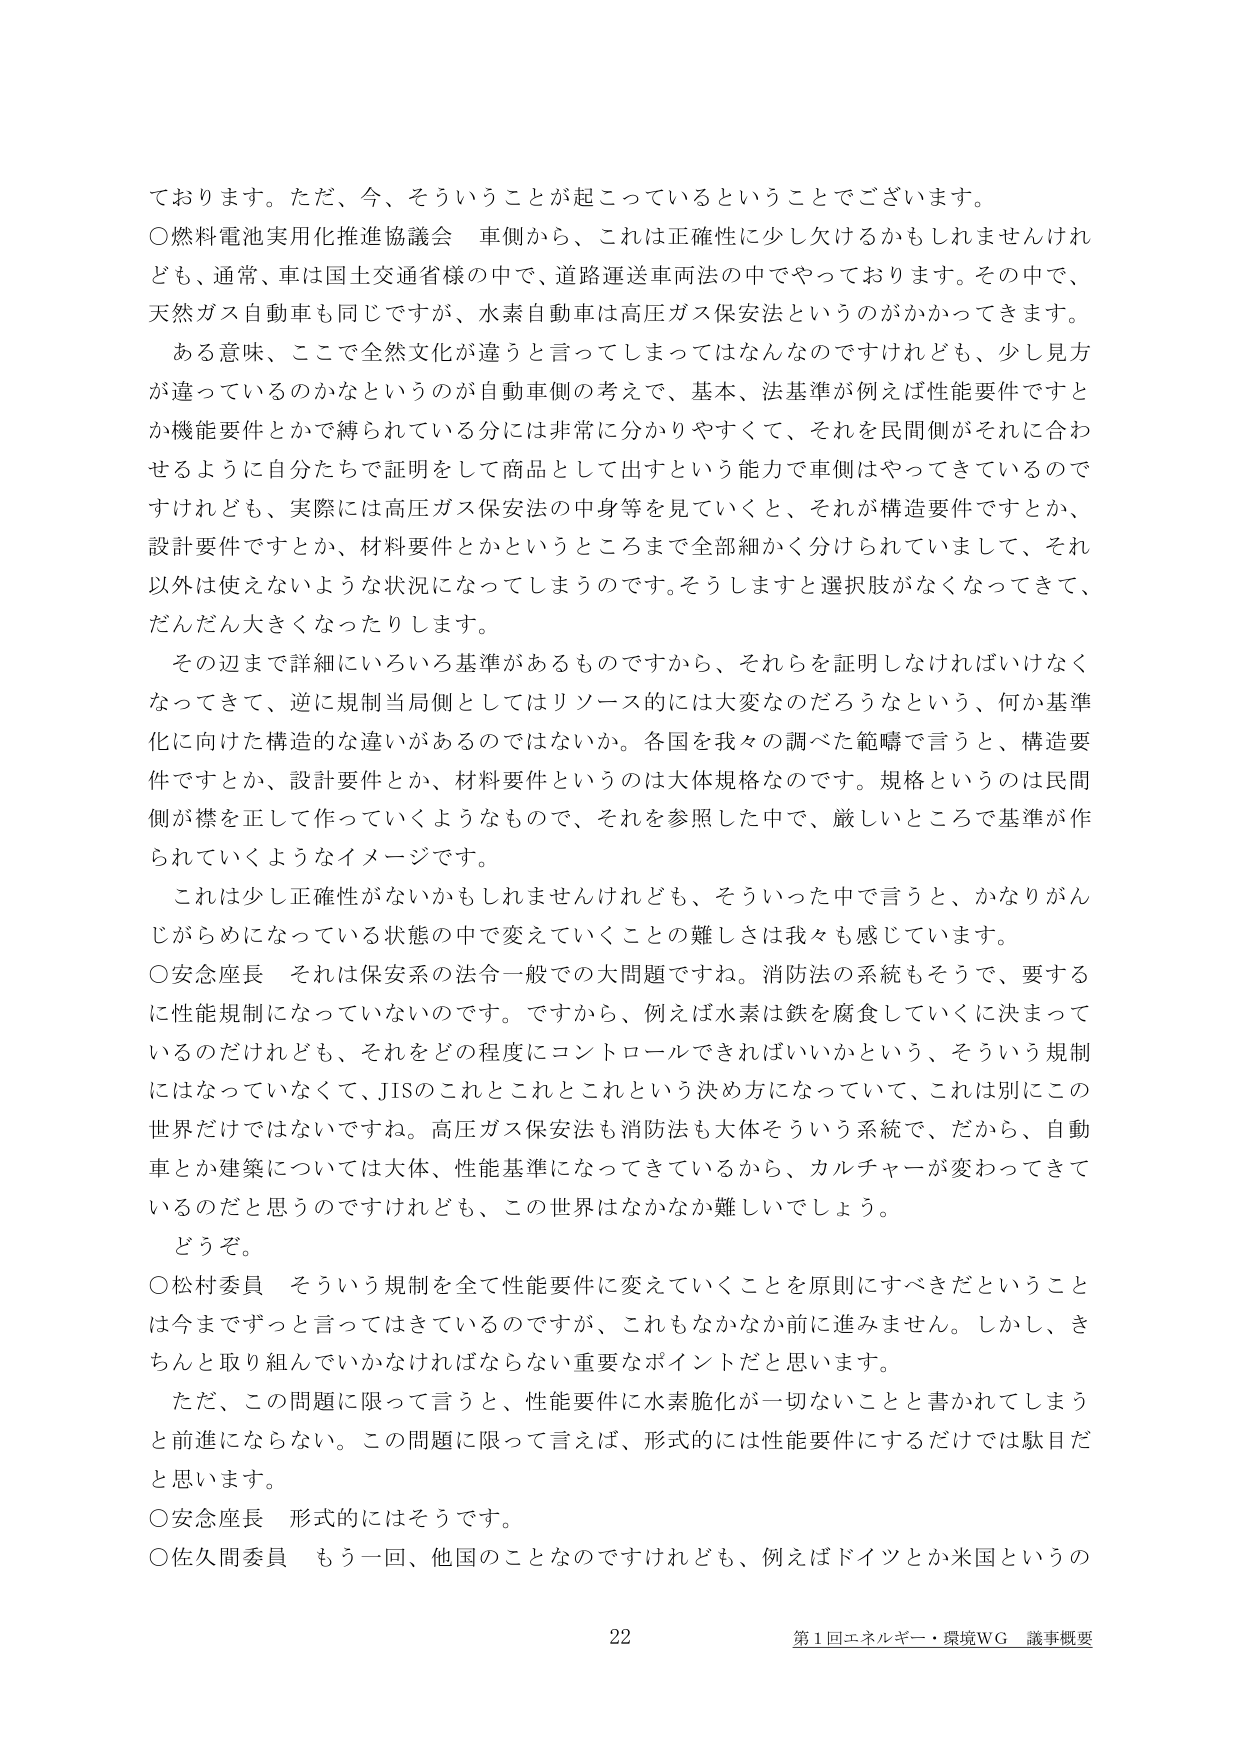
ております。ただ、今、そういうことが起こっているということでございます。
○燃料電池実用化推進協議会　車側から、これは正確性に少し欠けるかもしれませんが、通常、車は国土交通省様の中で、道路運送車両法の中でやっております。その中で、天然ガス自動車も同じですが、水素自動車は高圧ガス保安法というのがかかってきます。
ある意味、ここで全然文化が違うと言ってしまってはなんなのですがけれども、少し見方が違っているのかなというのが自動車側の考えで、基本、法基準が例えば性能要件ですとか機能要件とかで縛られている分には非常に分かりやすくて、それを民間側がそれに合わせるように自分たちで証明をして商品として出すという能力で車側はやってきているのですけれども、実際には高圧ガス保安法の中身等を見ていくと、それが構造要件ですとか、設計要件ですとか、材料要件とかというところまで全部細かく分けられていまして、それ以外は使えないような状況になってしまうのです。そうしますと選択肢がなくなってきて、だんだん大きくなったりします。
その辺まで詳細にいろいろ基準があるものですから、それらを証明しなければいけなくなってきて、逆に規制当局側としてはリソース的には大変なのだろうなという、何か基準化に向けた構造的な違いがあるのではないかな。各国を我々の調べた範囲で言うと、構造要件ですとか、設計要件とか、材料要件というのは大体規格なのです。規格というのは民間側が襟を正して作っていくようなもので、それを参照した中で、厳しいところで基準が作られていくようなイメージです。
これは少し正確性がないかもしれませんが、そういった中で言うと、かなりがんじがらめになっている状態の中で変えていくことの難しさは我々も感じています。
○安念座長　それは保安系の法令一般での大問題ですね。消防法の系統もそうで、要するに性能規制になっていないのです。ですから、例えば水素は鉄を腐食していくに決まっているのだけれども、それをどの程度にコントロールできればいいかという、そういう規制にはなっていなくて、JISのこれとこれとこれという決め方になっていて、これは別にこの世界だけではないですね。高圧ガス保安法も消防法も大体そういう系統で、だから、自動車とか建築については大体、性能基準になってきているから、カルチャーが変わってきたのだと思うのですけれども、この世界はなかなか難しいでしょう。
どうぞ。
○松村委員　そういう規制を全て性能要件に変えていくことを原則にすべきだということは今までずっと言ってはきているのですが、これもなかなか前に進みません。しかし、きちんと取り組んでいかなければならない重要なポイントだと思います。
ただ、この問題に限って言うと、性能要件に水素脆化が一切ないことと書かれてしまうと前進にならない。この問題に限って言えば、形式的には性能要件にするだけでは駄目だと思います。
○安念座長　形式的にはそうです。
○佐久間委員　もう一回、他国のことなのですけれども、例えばドイツとか米国というの
22
第1回エネルギー・環境WG　議事概要